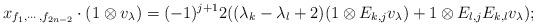
LaTeX: \begin{align*} x_{f_1,\cdots,f_{2n-2}}\cdot (1\otimes v_{\lambda})=(-1)^{j+1}2((\lambda_k-\lambda_l+2)(1\otimes E_{k,j}v_{\lambda})+1\otimes E_{l,j}E_{k,l}v_{\lambda});\end{align*}